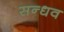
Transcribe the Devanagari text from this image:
सन्धव